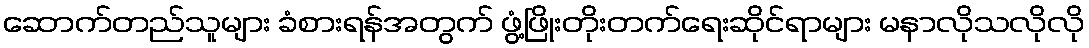
ဆောက်တည်သူများ ခံစားရန်အတွက် ဖွံ့ဖြိုးတိုးတက်ရေးဆိုင်ရာများ မနာလိုသလိုလို